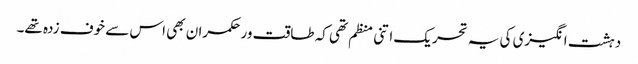
دہشت انگیزی کی یہ تحریک اتنی منظم تھی کہ طاقت ور حکمران بھی اس سے خوف زدہ تھے۔